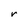
Character: r